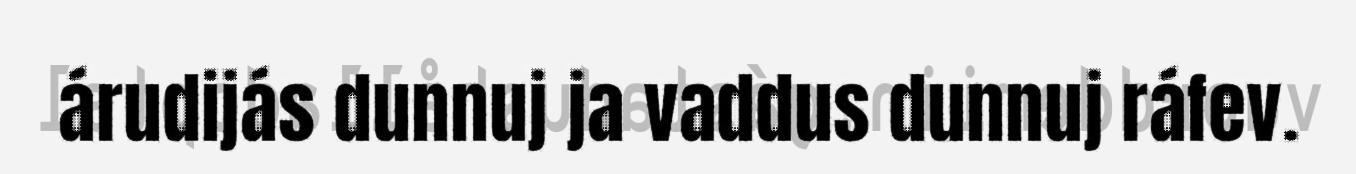
árudijás dunnuj ja vaddus dunnuj ráfev.